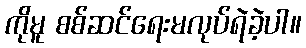
ကိုမူ စစ်ဆင်ရေးမလုပ်ရဲခဲ့ပါ။